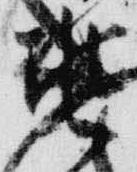
兆